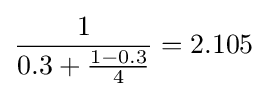
{\frac {1}{0.3+{\frac {1-0.3}{4}}}}=2.105